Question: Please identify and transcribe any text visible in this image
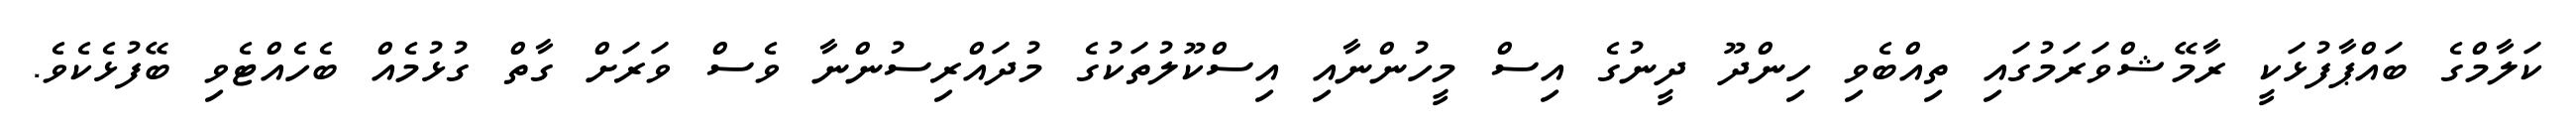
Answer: ކަލާމްގެ ބައްޕާފުޅަކީ ރާމޭޝްވަރަމުގައި ތިއްބެވި ހިންދޫ ދީނުގެ އިސް މީހުންނާއި އިސްކޫލުތަކުގެ މުދައްރިސުންނާ ވެސް ވަރަށް ގާތް ގުޅުމެއް ބެހެއްޓެވި ބޭފުޅެކެވެ.